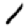
Digit: 1